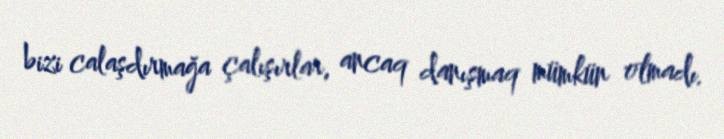
bizi calaşdırmağa çalışırlar, ancaq danışmaq mümkün olmadı.